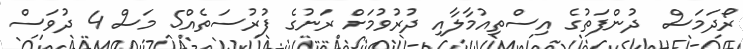
ރޯދަމަސް  ދުންފަތުގެ އިސްތިއުމާލާއި ދުރުވުމަށް ރަނުގެ ފުރުސަތެއް5 މަސް 4 ދުވަސް